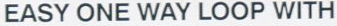
EAST ONE WAY LOOP WITH